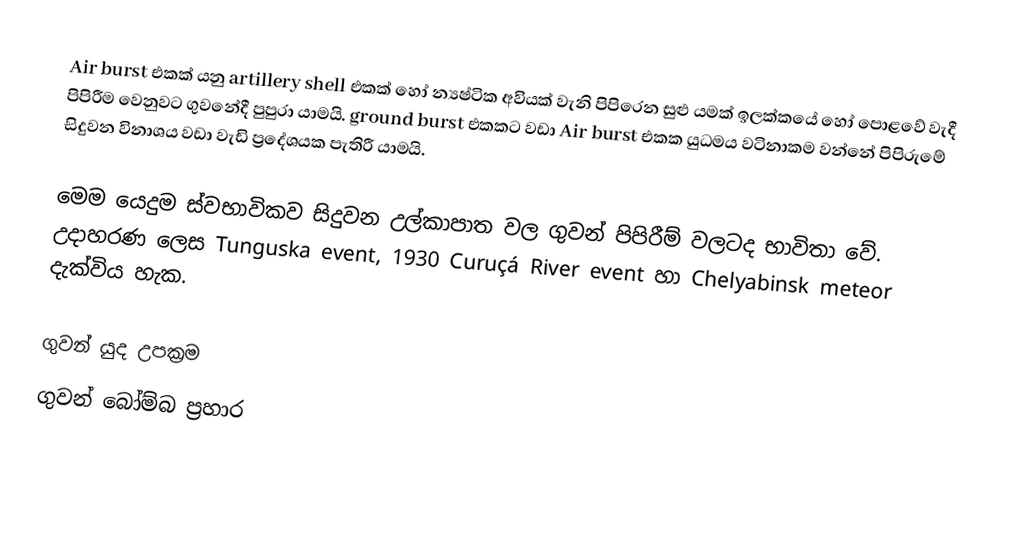
Air burst එකක් යනු artillery shell එකක් හෝ න්‍යෂ්ටික අවියක් වැනි පිපිරෙන සුළු යමක් ඉලක්කයේ හෝ පොළවේ වැදී පිපිරීම වෙනුවට ගුවනේදී පුපුරා යාමයි. ground burst එකකට වඩා Air burst එකක යුධමය වටිනාකම වන්නේ පිපිරුමේ සිදුවන විනාශය වඩා වැඩි ප්‍රදේශයක පැතිරී යාමයි.

මෙම යෙදුම ස්වභාවිකව සිදුවන උල්කාපාත වල ගුවන් පිපිරීම් වලටද භාවිතා වේ. උදාහරණ ලෙස Tunguska event, 1930 Curuçá River event හා Chelyabinsk meteor දැක්විය හැක.

ගුවන් යුද උපක්‍රම
ගුවන් බෝම්බ ප්‍රහාර